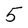
Character: 5